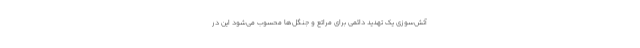
آتش‌سوزی یک تهدید دائمی برای مراتع و جنگل‌ها محسوب می‌شود این در